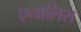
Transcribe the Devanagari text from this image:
एनालिस